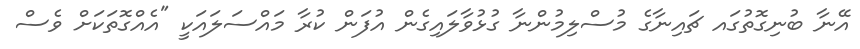
އޭނާ ބުނިގޮތުގައ ޗައިނާގެ މުސްލިމުންނާ ގުޅުވާލައިގެން އުފަން ކުރާ މައްސަލައަކީ "އެއްގޮތަކަށް ވެސް